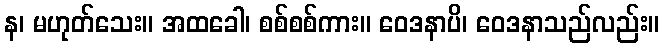
န၊ မဟုတ်သေး။ အထခေါ၊ စစ်စစ်ကား။ ဝေဒနာပိ၊ ဝေဒနာသည်လည်း။